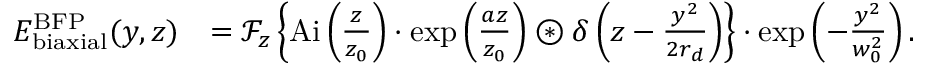
\begin{array} { r l } { E _ { \mathrm { b i a x i a l } } ^ { \mathrm { B F P } } ( y , z ) } & { = \ensuremath { \mathcal { F } } _ { z } \left\{ \ensuremath { \mathrm { A i } } \left( \frac { z } { z _ { 0 } } \right) \cdot \exp \left( \frac { a z } { z _ { 0 } } \right) \ensuremath { \circledast } \delta \left( z - \frac { y ^ { 2 } } { 2 r _ { d } } \right) \right\} \cdot \exp \left( - \frac { y ^ { 2 } } { w _ { 0 } ^ { 2 } } \right) . } \end{array}